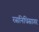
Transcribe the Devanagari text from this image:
रसनिधिसागर